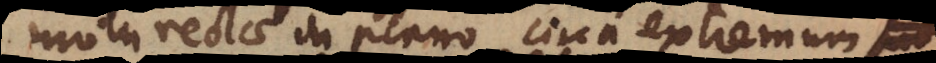
motu rectae in plano circa extremum im